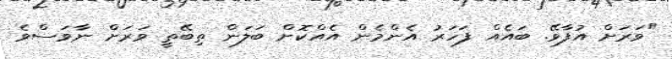
"ވަރަށް އުފާވޭ. ބައެއް ފަހަރު އެންމެން އެއްކޮށް ބަލަން ތިބޭތީ ވަރަށް ނާވަސްވެ